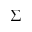
\Sigma